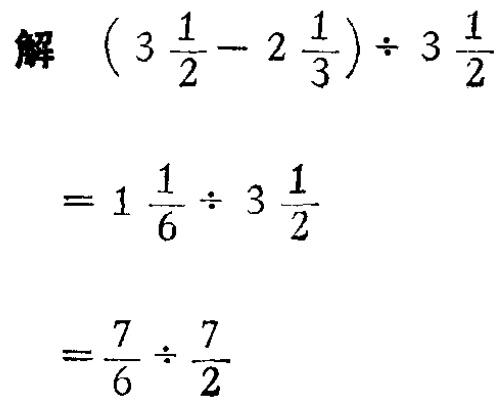
解 \((3\frac{1}{2} - 2\frac{1}{3}) \div 3\frac{1}{2}\)

\(= 1\frac{1}{6} \div 3\frac{1}{2}\)

\(= \frac{7}{6} \div \frac{7}{2}\)